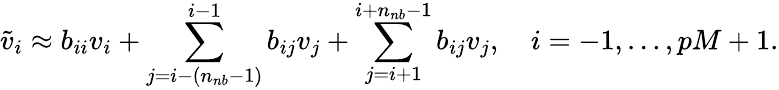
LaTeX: \widetilde v_{i}\approx b_{ii}v_{i}+\sum_{j=i-(n_{nb}-1)}^{i-1}b_{ij}v_{j}+\sum_{j=i+1}^{i+n_{nb}-1}b_{ij}v_{j},\quad i=-1,\dots,pM+1.